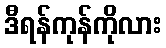
ဒီရန်ကုန်ကိုလား